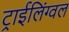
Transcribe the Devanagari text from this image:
ट्राईलिंग्वल